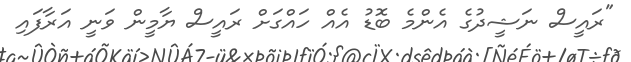
"ރައީސް ނަޝީދުގެ އެންމެ ބޮޑު އެއް ހައްގަށް ރައީސް ޔާމީން ވަނީ އަރާފައި